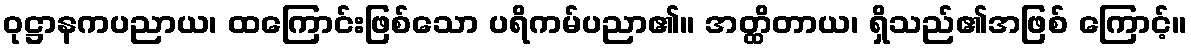
ဝုဋ္ဌာနကပညာယ၊ ထကြောင်းဖြစ်သော ပရိကမ်ပညာ၏။ အတ္ထိတာယ၊ ရှိသည်၏အဖြစ် ကြောင့်။